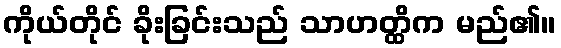
ကိုယ်တိုင် ခိုးခြင်းသည် သာဟတ္ထိက မည်၏။